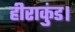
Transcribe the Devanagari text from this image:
हीराकुंड।